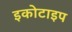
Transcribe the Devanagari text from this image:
इकोटाइप